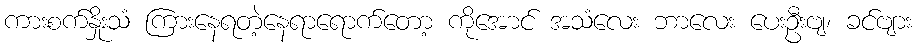
ကားစက်နှိုးသံ ကြားနေရတဲ့နေရာရောက်တော့ ကိုအောင် အသံလေး ဘာလေး ပေးဦးဗျ၊ ခင်ဗျား